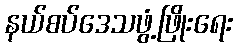
နယ်စပ်ဒေသဖွံ့ဖြိုးရေး